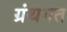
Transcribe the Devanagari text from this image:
ग्रंथगत